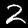
Label: 2